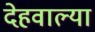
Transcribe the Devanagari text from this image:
देहवाल्या